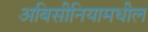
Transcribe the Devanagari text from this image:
अबिसीनियामधील